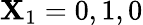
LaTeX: \mathbf{X}_{1}=0,1,0